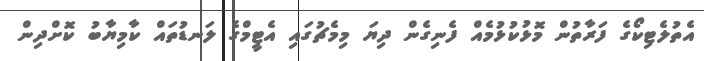
އެތުލެޓިކޯގެ ފަރާތުން މޮޅުކުޅުމެއް ފެނިގެން ދިޔަ މިމެޗުގައި އެޓީމްގެ ލަނޑުތައް ކާމިޔާބު ކޮށްދިން